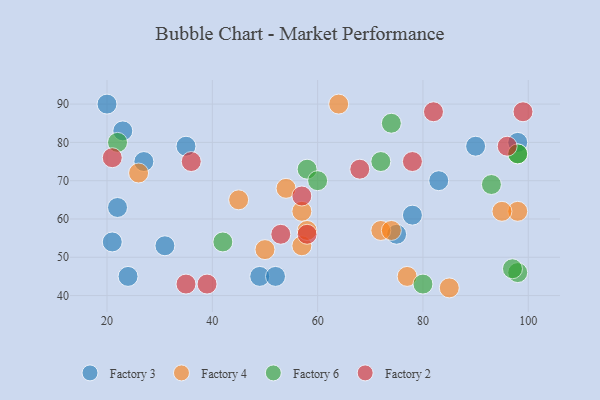
{"axis": {"x": "GDP", "y": "Life Expectancy"}, "legend": ["Factory 2", "Factory 3", "Factory 4", "Factory 6"], "data": [{"x": "23", "y": 83, "type": "Factory 3"}, {"x": "49", "y": 45, "type": "Factory 3"}, {"x": "78", "y": 61, "type": "Factory 3"}, {"x": "35", "y": 79, "type": "Factory 3"}, {"x": "31", "y": 53, "type": "Factory 3"}, {"x": "52", "y": 45, "type": "Factory 3"}, {"x": "27", "y": 75, "type": "Factory 3"}, {"x": "83", "y": 70, "type": "Factory 3"}, {"x": "98", "y": 80, "type": "Factory 3"}, {"x": "22", "y": 63, "type": "Factory 3"}, {"x": "90", "y": 79, "type": "Factory 3"}, {"x": "24", "y": 45, "type": "Factory 3"}, {"x": "20", "y": 90, "type": "Factory 3"}, {"x": "75", "y": 56, "type": "Factory 3"}, {"x": "21", "y": 54, "type": "Factory 3"}, {"x": "98", "y": 62, "type": "Factory 4"}, {"x": "72", "y": 57, "type": "Factory 4"}, {"x": "74", "y": 57, "type": "Factory 4"}, {"x": "57", "y": 53, "type": "Factory 4"}, {"x": "57", "y": 62, "type": "Factory 4"}, {"x": "54", "y": 68, "type": "Factory 4"}, {"x": "26", "y": 72, "type": "Factory 4"}, {"x": "50", "y": 52, "type": "Factory 4"}, {"x": "58", "y": 57, "type": "Factory 4"}, {"x": "85", "y": 42, "type": "Factory 4"}, {"x": "45", "y": 65, "type": "Factory 4"}, {"x": "95", "y": 62, "type": "Factory 4"}, {"x": "77", "y": 45, "type": "Factory 4"}, {"x": "64", "y": 90, "type": "Factory 4"}, {"x": "74", "y": 85, "type": "Factory 6"}, {"x": "42", "y": 54, "type": "Factory 6"}, {"x": "80", "y": 43, "type": "Factory 6"}, {"x": "98", "y": 77, "type": "Factory 6"}, {"x": "58", "y": 73, "type": "Factory 6"}, {"x": "98", "y": 77, "type": "Factory 6"}, {"x": "98", "y": 46, "type": "Factory 6"}, {"x": "97", "y": 47, "type": "Factory 6"}, {"x": "93", "y": 69, "type": "Factory 6"}, {"x": "22", "y": 80, "type": "Factory 6"}, {"x": "60", "y": 70, "type": "Factory 6"}, {"x": "72", "y": 75, "type": "Factory 6"}, {"x": "96", "y": 79, "type": "Factory 2"}, {"x": "21", "y": 76, "type": "Factory 2"}, {"x": "39", "y": 43, "type": "Factory 2"}, {"x": "78", "y": 75, "type": "Factory 2"}, {"x": "68", "y": 73, "type": "Factory 2"}, {"x": "53", "y": 56, "type": "Factory 2"}, {"x": "58", "y": 56, "type": "Factory 2"}, {"x": "99", "y": 88, "type": "Factory 2"}, {"x": "57", "y": 66, "type": "Factory 2"}, {"x": "35", "y": 43, "type": "Factory 2"}, {"x": "82", "y": 88, "type": "Factory 2"}, {"x": "36", "y": 75, "type": "Factory 2"}]}